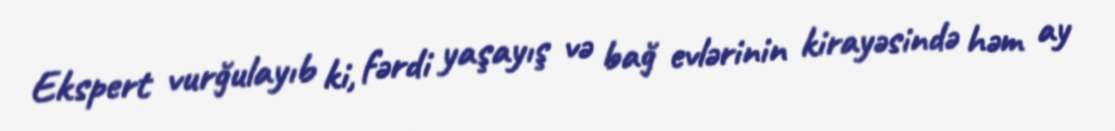
Ekspert vurğulayıb ki, fərdi yaşayış və bağ evlərinin kirayəsində həm ay